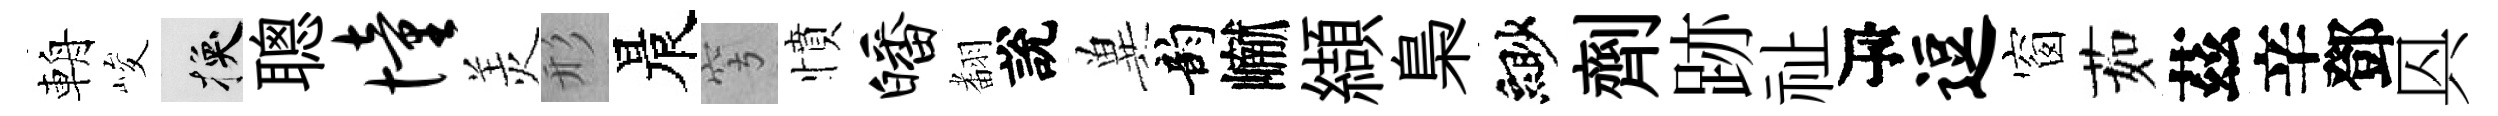
輈峻换聰憧羙形晨穹憤皤𮋒說兾韵𪩘纈梟緲劑跡祉瓴逗窗茹茲辛鄧㒷